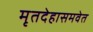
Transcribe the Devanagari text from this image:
मृतदेहासमवेत